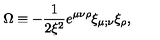
\Omega \equiv - \frac { 1 } { 2 \xi ^ { 2 } } e ^ { \mu \nu \rho } \xi _ { \mu ; \nu } \xi _ { \rho } ,